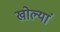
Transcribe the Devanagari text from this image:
खोल्यां